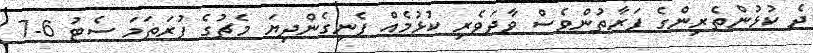
ދެ ކުޅުންތެރިންގެ ފަރާތުންވެސް ވާދަވެރި ކުޅުމެއް ފެނިގެންދިޔަ މެޗުގެ ފުރަތަމަ ސެޓު 6-7